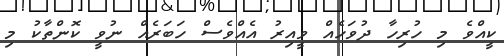
ކީއްވެ މި ހުރިހާ ދުވަހެއް ވީއިރު އެއްވެސް ހަބަރެއް ނުވީ ކޮންތާކު މި